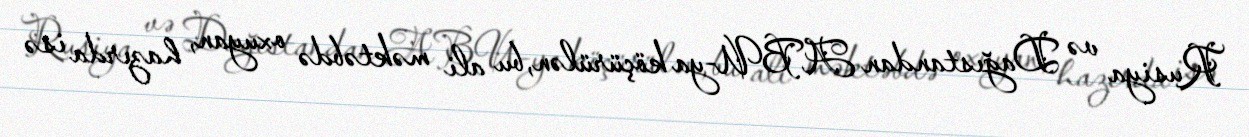
Rusiya və Dağıstandan ABU-ya köçürülən, bu ali məktəbdə oxuyan, hazırda isə